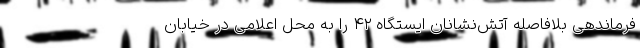
فرماندهی بلافاصله آتش‌نشانان ایستگاه ۴۲ را به محل اعلامی در خیابان